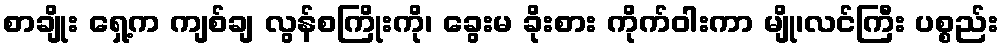
စာချိုး ရှေ့က ကျစ်ချ လွန်စကြိုးကို၊ ခွေးမ ခိုးစား ကိုက်ဝါးကာ မျို၊လင်ကြီး ပစ္စည်း